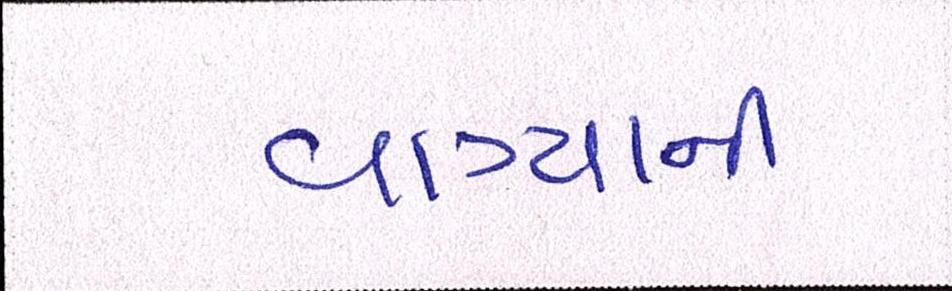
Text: વાગ્યાની